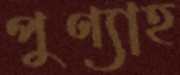
পুণ্যাহ